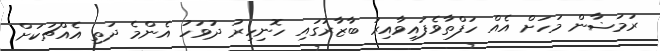
ރަމަޟާން މަހަށް އެއް ހަފްތާވެފައިވާއިރު ބާޒާރުގައި ހޮނިހިރު ދުވަހު އެންމެ ދަތި އެއްޗަކަށް